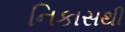
નિકાસથી